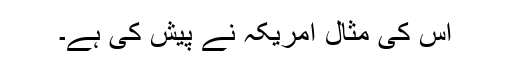
اس کی مثال امریکہ نے پیش کی ہے۔